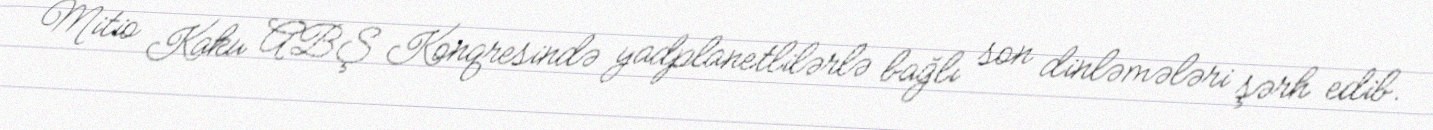
Mitio Kaku ABŞ Konqresində yadplanetlilərlə bağlı son dinləmələri şərh edib.